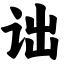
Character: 诎